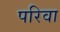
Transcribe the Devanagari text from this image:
परिवा